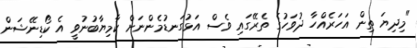
"މިދިޔަ ތިން އަހަރެއްހާ ދުވަހުގެ ތެރޭގައި ވެސް އަޅުގަނޑުމެންނަށް ކާމިޔާބުނުވީ އެ ކޯޑިނޭޝަން